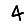
Digit: 4